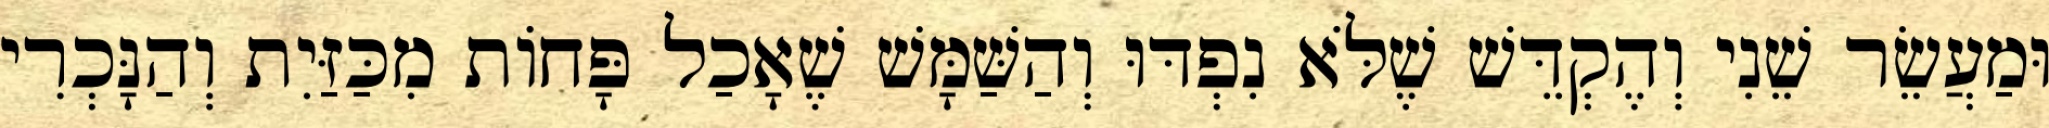
וּמַעֲשֵׂר שֵׁנִי וְהֶקְדֵּשׁ שֶׁלֹּא נִפְדּוּ וְהַשַּׁמָּשׁ שֶׁאָכַל פָּחוֹת מִכַּזַּיִת וְהַנָּכְרִי